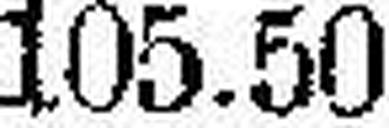
105.50